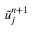
\tilde { u } _ { j } ^ { n + 1 }